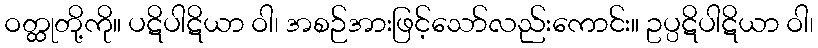
ဝတ္ထုတို့ကို။ ပဋိပါဋိယာ ဝါ၊ အစဉ်အားဖြင့်သော်လည်းကောင်း။ ဥပ္ပဋိပါဋိယာ ဝါ၊